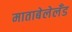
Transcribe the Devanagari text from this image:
माताबेलेलँड